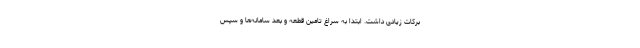
برکات زیادی داشت. ابتدا به سراغ تامین قطعه و بعد سامانه‌ها و سپس